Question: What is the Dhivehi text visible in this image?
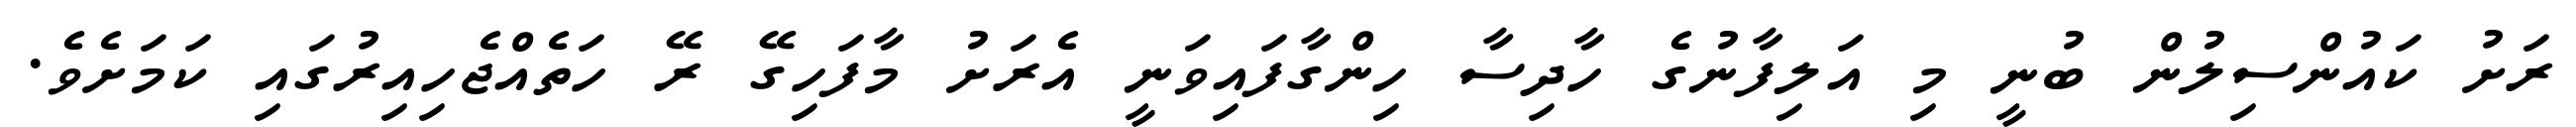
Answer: ރަށު ކައުންސިލުން ބުނީ މި އަލިފާނުގެ ހާދިސާ ހިންގާފައިވަނީ އެރަށު މާފަހިގޭ ރޭ ހަތެއްޖެހިއިރުގައި ކަމަށެވެ.